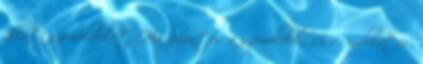
állati szemöldököt. Ha bozontos a szemöldök, 13. r., indulatos,